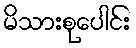
မိသားစုပေါင်း